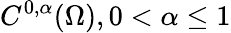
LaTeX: C^{0,\alpha}(\Omega),0<\alpha\leq 1